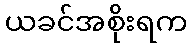
ယခင်အစိုးရက